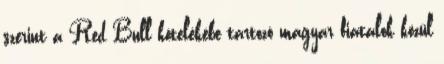
szerint a Red Bull kötelékébe tartozó magyar fiatalok közül